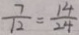
\frac { 7 } { 1 2 } = \frac { 1 4 } { 2 4 }